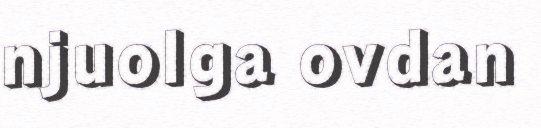
njuolga ovdan